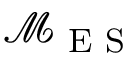
\mathcal { M } _ { \textrm { E S } }